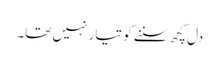
دل کچھ سننے کو تیار نہیں تھا۔